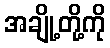
အချို့တို့ကို